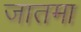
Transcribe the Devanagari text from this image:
जातमा